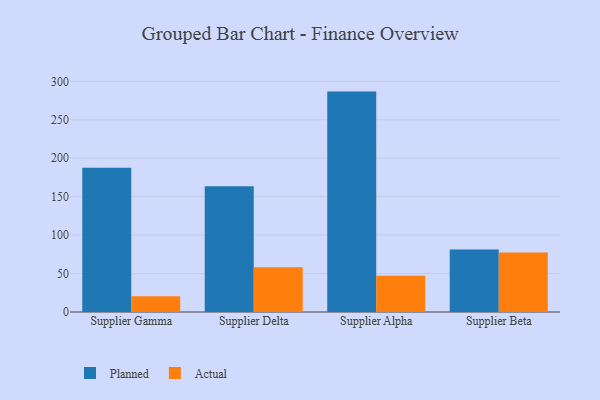
{"axis": {"x": "Supplier", "y": "Budget (USD K)"}, "legend": ["Actual", "Planned"], "data": [{"x": "Supplier Gamma", "y": 187.7, "type": "Planned"}, {"x": "Supplier Gamma", "y": 20.6, "type": "Actual"}, {"x": "Supplier Delta", "y": 163.4, "type": "Planned"}, {"x": "Supplier Delta", "y": 58.3, "type": "Actual"}, {"x": "Supplier Alpha", "y": 286.6, "type": "Planned"}, {"x": "Supplier Alpha", "y": 47.3, "type": "Actual"}, {"x": "Supplier Beta", "y": 81.4, "type": "Planned"}, {"x": "Supplier Beta", "y": 77.5, "type": "Actual"}]}